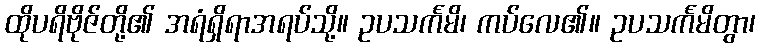
ထိုပရိဗိုဇ်တို့၏ အရံရှိရာအရပ်သို့။ ဥပသင်္ကမိ၊ ကပ်လေ၏။ ဥပသင်္ကမိတွာ၊